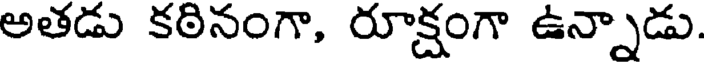
అతడు కఠినంగా, రూక్షంగా ఉన్నాడు.